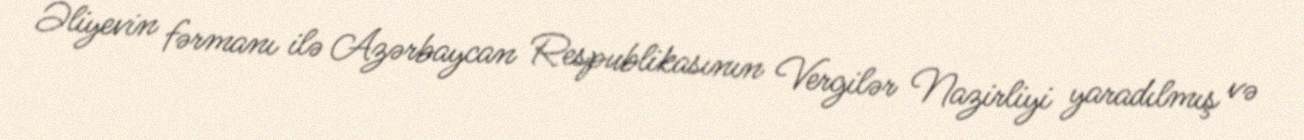
Əliyevin fərmanı ilə Azərbaycan Respublikasının Vergilər Nazirliyi yaradılmış və